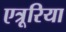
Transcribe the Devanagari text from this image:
एत्रूरिया